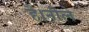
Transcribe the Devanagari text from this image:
है।नीले